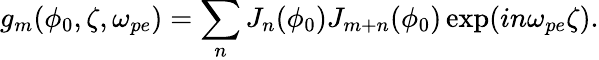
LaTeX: g_{m}(\phi_{0},\zeta,\omega_{pe})=\sum_{n}J_{n}(\phi_{0})J_{m+n}(\phi_{0})\exp(in\omega_{pe}\zeta).